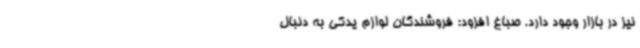
نیز در بازار وجود دارد. صباغ افزود: فروشندگان لوازم یدکی به دنبال